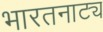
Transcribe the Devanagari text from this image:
भारतनाट्य